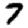
Digit: 7